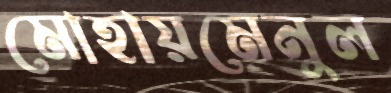
মোহায়মেনুল